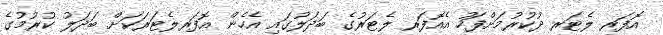
އޮފަރ ލެޓަރ ދުކުރުމަށްފަހު އެއޮފަރ ލެޓަރުގެ ބަދަލުގައި އެހެން އޮފަރލެޓަރަކަށް ބަދަލު ކުރުމުގެ